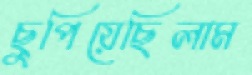
ছুপিয়েছিলাম